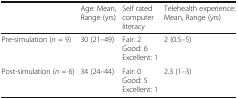
<table><thead><tr><td>[EMPTY_CELL]</td><td><b>Age: Mean, Range (yrs)</b></td><td><b>Self rated computer literacy</b></td><td><b>Telehealth experience: Mean, Range (yrs)</b></td></tr></thead><tbody><tr><td>Pre-simulation (<i>n</i> = 9)</td><td>30 (21–49)</td><td>Fair: 2Good: 6Excellent: 1</td><td>2 (0.5–5)</td></tr><tr><td>Post-simulation (<i>n</i> = 6)</td><td>34 (24–44)</td><td>Fair: 0Good: 5Excellent: 1</td><td>2.3 (1–3)</td></tr></tbody></table>